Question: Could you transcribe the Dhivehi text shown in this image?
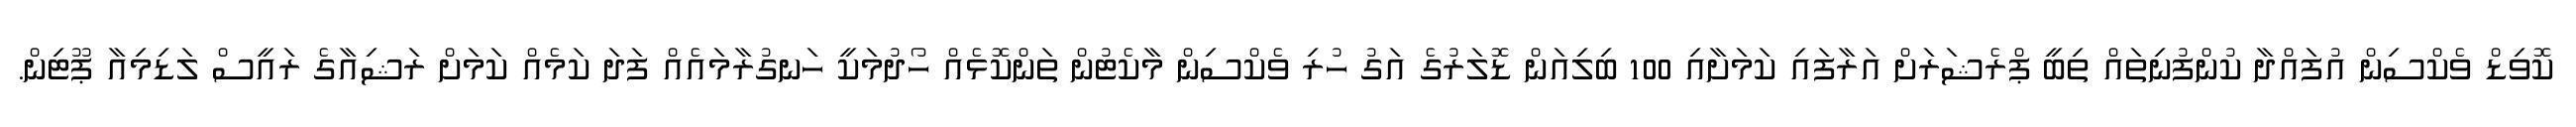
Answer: ކޮވިޑް ވެކްސިން އުފައްދާ ކުންފުނިތައް ތިބީ ޕްރެޝަރަށް އަރާފައި ކަމަށާއި 100 ބިލިއަން ޑޮލަރުގެ އަގު ހުރި ވެކްސިން މާކެޓުން ތަންކޮޅެއް ހޯދުމަކީ ހަނގުރާމައެއް ފަދަ ކަމެއް ކަމަށް ރަޝިއާގެ ރައީސް ލަޑިމިއާ ޕޫޓިން.